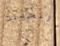
التجديد